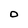
Character: O